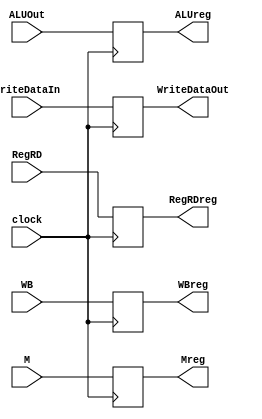
module EXMEM(clock,WB,M,ALUOut,RegRD,WriteDataIn,Mreg,WBreg,ALUreg,RegRDreg,WriteDataOut);
   input clock;
   input [1:0] WB;
   input [2:0] M;
   input [4:0] RegRD;
   input [31:0] ALUOut,WriteDataIn;
   output [1:0] WBreg;
   output [2:0] Mreg;
   output [31:0] ALUreg,WriteDataOut;
   output [4:0] RegRDreg;
   reg [1:0] WBreg;
   reg [2:0] Mreg;
   reg [31:0] ALUreg,WriteDataOut;
   reg [4:0] RegRDreg;
   initial begin
      WBreg=0;
      Mreg=0;
      ALUreg=0;
      WriteDataOut=0;
      RegRDreg=0;
end
    always@(posedge clock)
    begin
        WBreg <= WB;
        Mreg <= M;
        ALUreg <= ALUOut;
        RegRDreg <= RegRD;
        WriteDataOut <= WriteDataIn;
end
endmodule